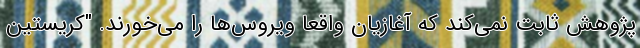
پژوهش ثابت نمی‌کند که آغازیان واقعا ویروس‌ها را می‌خورند. "کریستین